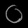
Digit: ၀